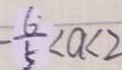
- \frac { 6 } { 5 } < a < 2